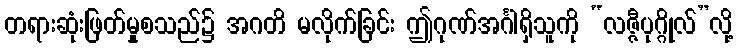
တရားဆုံးဖြတ်မှုစသည်၌ အဂတိ မလိုက်ခြင်း ဤဂုဏ်အင်္ဂါရှိသူကို “လဇ္ဇီပုဂ္ဂိုလ်”လို့